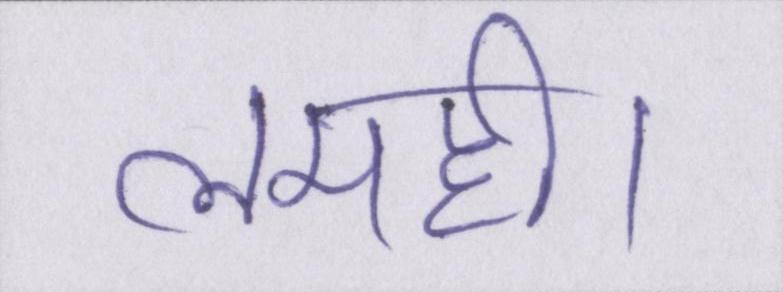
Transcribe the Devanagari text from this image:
लमही।